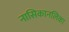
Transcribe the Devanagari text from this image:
नासिकानलिका